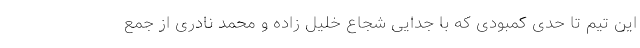
این تیم تا حدی کمبودی که با جدایی شجاع خلیل زاده و محمد نادری از جمع